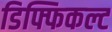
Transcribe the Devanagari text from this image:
डिफ्फिकल्ट